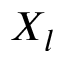
X _ { l }